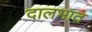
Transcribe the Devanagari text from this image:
दालभात